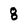
Character: 8